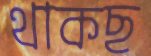
থাকছ